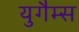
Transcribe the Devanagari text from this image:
युगैम्स